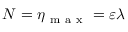
N = \eta _ { \mathrm { ~ m ~ a ~ x ~ } } = \varepsilon \lambda